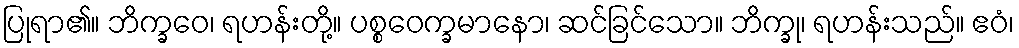
ပြုရာ၏။ ဘိက္ခဝေ၊ ရဟန်းတို့။ ပစ္စဝေက္ခမာနော၊ ဆင်ခြင်သော။ ဘိက္ခု၊ ရဟန်းသည်။ ဧဝံ၊